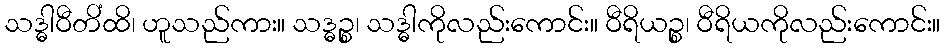
သဒ္ဓါဝီတိံထိ၊ ဟူသည်ကား။ သဒ္ဓဉ္စ၊ သဒ္ဓါကိုလည်းကောင်း။ ဝီရိယဉ္စ၊ ဝီရိယကိုလည်းကောင်း။